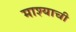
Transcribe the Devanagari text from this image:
माश्याची